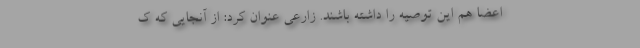
اعضا هم این توصیه را داشته باشند. زارعی عنوان کرد: از آنجایی که ک